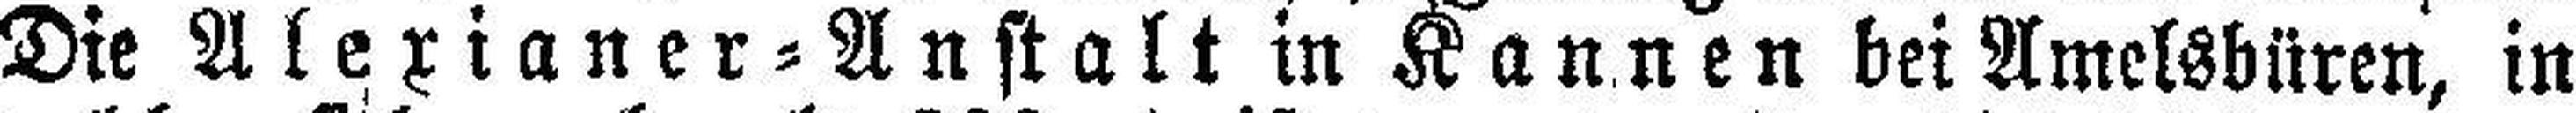
Die Alexianer=Anstalt in Kannen bei Amelsbüren, in